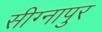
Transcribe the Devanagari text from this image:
सीग्नापुर